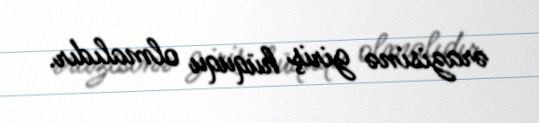
ərazisinə giriş hüququ olmalıdır.